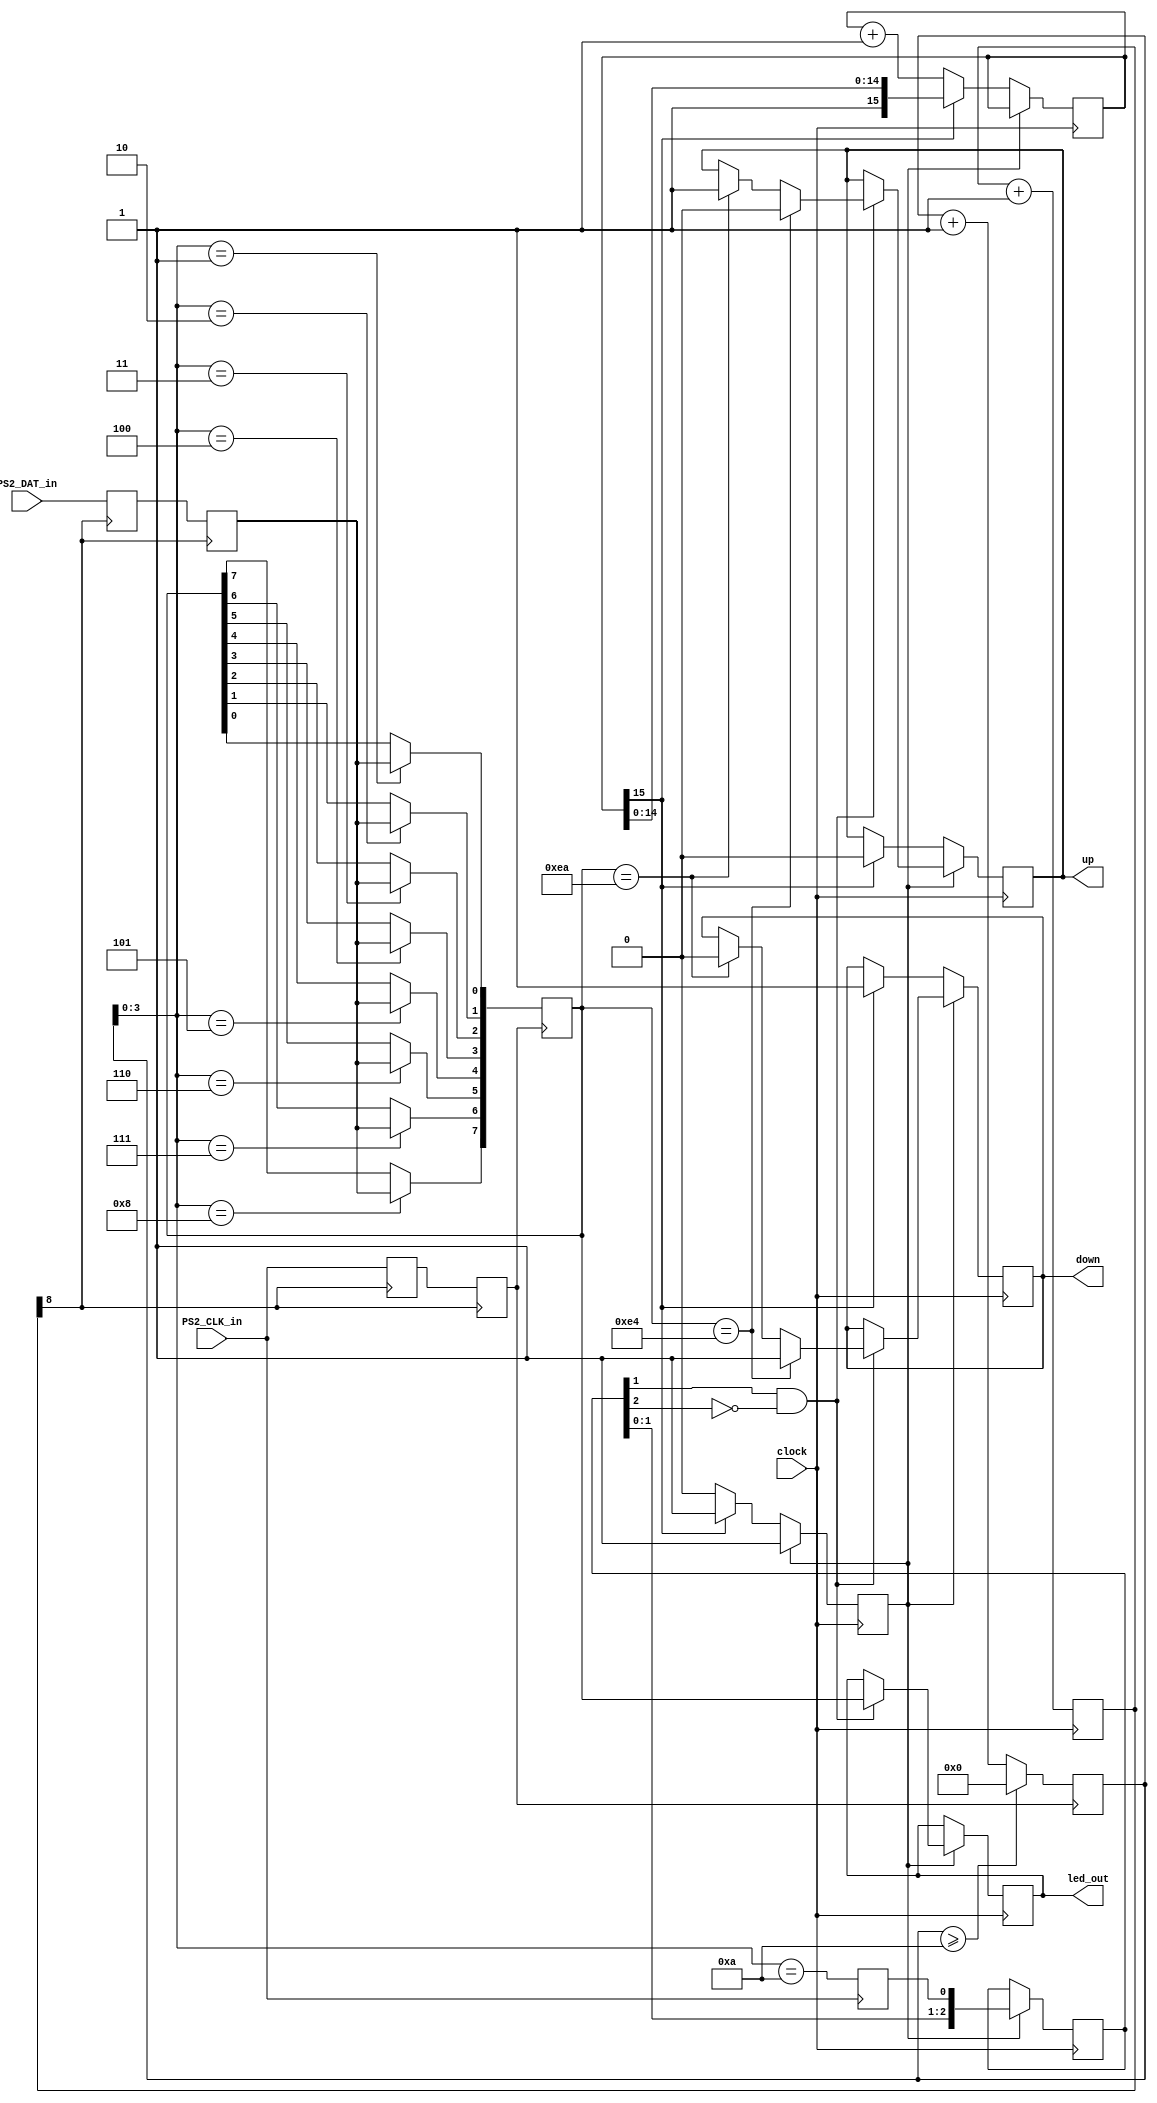
module ps2(input PS2_DAT_in,
           input PS2_CLK_in,
           input clock,
           output reg [7:0] led_out,			  
           output reg down,
           output reg up);

///////KeyBoard Scan-Code trigger//////
reg keyready;
reg [2:0]kr;

reg trig;
reg [15:0]start_count;



always @(negedge PS2_CLK_in) keyready <= (revcnt[3:0]==10);
always @(posedge clock) begin
	if (trig == 0) begin
		if (start_count[15] != 1) begin
			start_count = start_count + 1;
		end
		else begin
			trig <= 1;
			down <= 1;
			up <= 0;
		end 
	end
	else begin
			 kr <= {kr,keyready};
			 if (kr[1]&&~kr[2]) begin
			  led_out <= keycode_o;
			  if (keycode_o ==8'hE4) begin  // down
			   up   <= 0;
			   down <= 1;
			  end 
			  else if (keycode_o == 8'hEA) begin  // up
			   up   <= 1;
			   down <= 0;
			  end 
/*			  else if (keycode_o != 8'hF0) begin 
			   up   <= 0;
			   down <= 0;
			  end*/
			 end
	end
end 

reg       ps2_clk_in,ps2_clk_syn1,ps2_dat_in,ps2_dat_syn1;
wire      clk;

//clk division, derive a 97.65625KHz clock from the 50MHz source;
reg [8:0] clk_div;
always@(posedge clock) clk_div <= clk_div+1;
assign clk = clk_div[8];

//multi-clock region simple synchronization
always@(posedge clk) begin
	ps2_clk_syn1 <= PS2_CLK_in;
	ps2_clk_in   <= ps2_clk_syn1;
	ps2_dat_syn1 <= PS2_DAT_in;
	ps2_dat_in   <= ps2_dat_syn1;
end
reg [7:0]	keycode_o;
reg	[7:0]	revcnt;
	
always @( posedge ps2_clk_in) begin
	if (revcnt >=10) revcnt<=0;
	else             revcnt<=revcnt+1;
end
	
always @(posedge ps2_clk_in) begin
	case (revcnt[3:0])
		1:keycode_o[0]<=ps2_dat_in;
		2:keycode_o[1]<=ps2_dat_in;
		3:keycode_o[2]<=ps2_dat_in;
		4:keycode_o[3]<=ps2_dat_in;
		5:keycode_o[4]<=ps2_dat_in;
		6:keycode_o[5]<=ps2_dat_in;
		7:keycode_o[6]<=ps2_dat_in;
		8:keycode_o[7]<=ps2_dat_in;
	endcase
end
endmodule